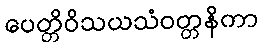
ပေတ္တိဝိသယသံဝတ္တနိကာ